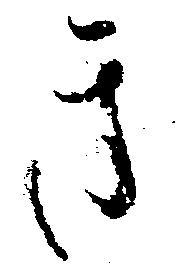
き